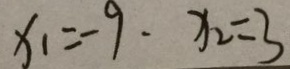
x _ { 1 } = - 9 , x _ { 2 } = 3